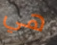
هي